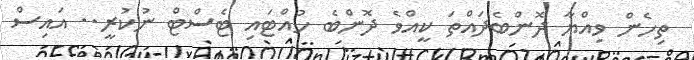
ތިހެން ވިއްޔާ ދޮންބެދައްތަ ކީއްވެ ދޮންބެ ހުއްޓައި ޓެސްޓް ނުކުރީ.. އައިސް